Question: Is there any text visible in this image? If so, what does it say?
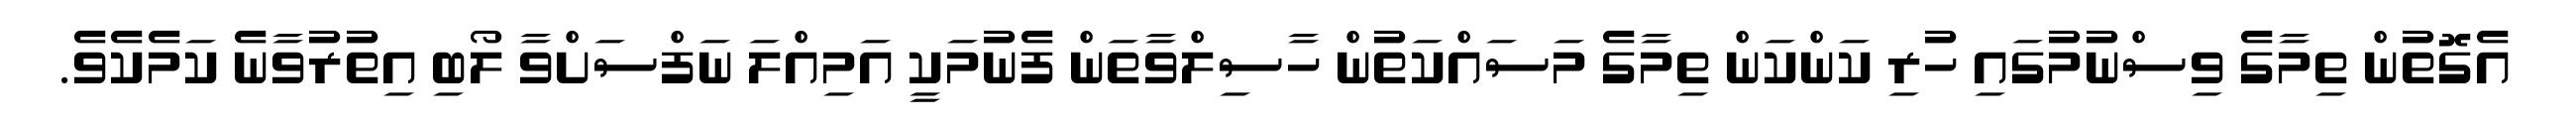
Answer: އެގޮތުން ތިމާގެ ވިސްނުމުގައި ހުރި ކަންކަން ތިމާގެ މަސައްކަތުން ހާސިލްވާތަން ފެނުމަކީ އަމިއްލަ ނަފްސަށްވާ ލޯބި އިތުރުވާނެ ކަމެކެވެ.